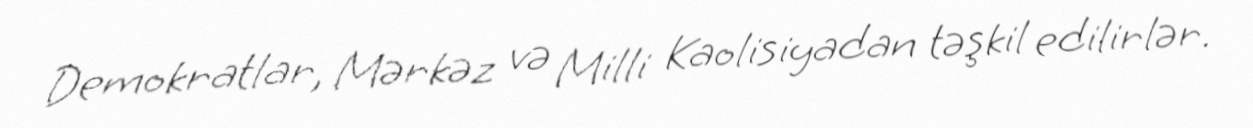
Demokratlar, Mərkəz və Milli Kaolisiyadan təşkil edilirlər.